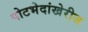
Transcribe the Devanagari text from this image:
पोटभेदांखेरीज